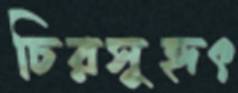
চিরসুহৃৎ